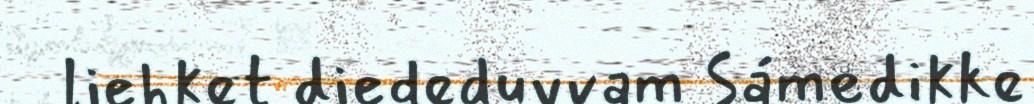
liehket diededuvvam Sámedikke